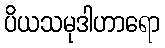
ပိယသမုဒါဟာရော